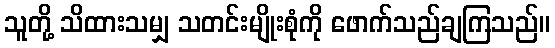
သူတို့ သိထားသမျှ သတင်းမျိုးစုံကို ဖောက်သည်ချကြသည်။